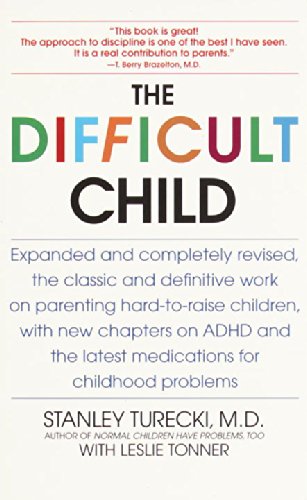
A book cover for The Difficult Child: Expanded and Revised Edition; Stanley Turecki; Parenting & Relationships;